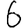
Digit: 6